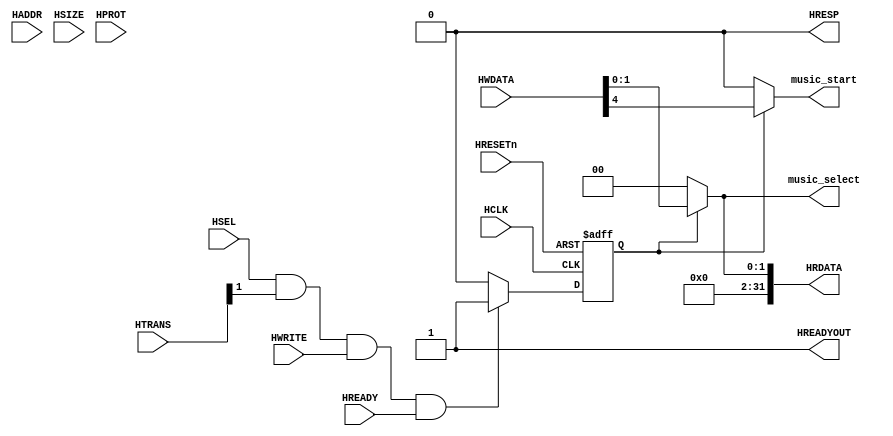
module AHBlite_Buzzermusic(
    input  wire           HCLK,
    input  wire           HRESETn,
    input  wire           HSEL,
    input  wire   [31:0]  HADDR,
    input  wire    [1:0]  HTRANS,
    input  wire    [2:0]  HSIZE,
    input  wire    [3:0]  HPROT,
    input  wire           HWRITE,
    input  wire   [31:0]  HWDATA,
    input  wire           HREADY,
    output wire           HREADYOUT,
    output wire   [31:0]  HRDATA,
    output wire           HRESP,

    output wire    [1:0]  music_select,
    output wire           music_start
);

assign HRESP = 1'b0;
assign HREADYOUT = 1'b1;

wire write_en;
assign write_en = HSEL & HTRANS[1] & HWRITE & HREADY;

reg wr_en_reg;
always@(posedge HCLK or negedge HRESETn) begin
  if(~HRESETn) wr_en_reg <= 1'b0;
  else if(write_en) wr_en_reg <= 1'b1;
  else wr_en_reg <= 1'b0;
end

assign music_select = wr_en_reg ? HWDATA[1:0] : 2'd0;
assign music_start = wr_en_reg ? HWDATA[4] : 1'd0;
assign HRDATA = {30'd0,music_select};

endmodule